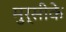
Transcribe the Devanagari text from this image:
मुर्सीके